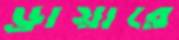
ড্রায়ারে